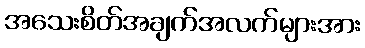
အသေးစိတ်အချက်အလက်များအား